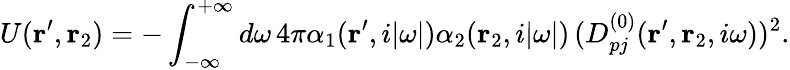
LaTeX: U({\mathbf r}^{\prime},{\mathbf r}_{2})=-\int_{-\infty}^{+\infty}d\omega\, 4\pi\alpha_{1}({\mathbf r}^{\prime},i|\omega|)\alpha_{2}({\mathbf r}_{2},i|\omega|)\, (D_{pj}^{(0)}({\mathbf r}^{\prime},{\mathbf r}_{2},i\omega))^{2}.